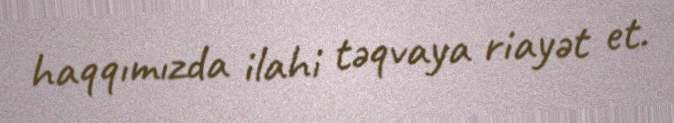
haqqımızda ilahi təqvaya riayət et.